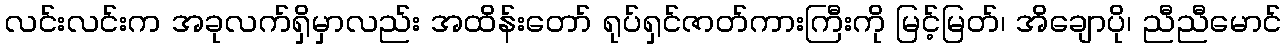
လင်းလင်းက အခုလက်ရှိမှာလည်း အထိန်းတော် ရုပ်ရှင်ဇာတ်ကားကြီးကို မြင့်မြတ်၊ အိချောပို၊ ညီညီမောင်